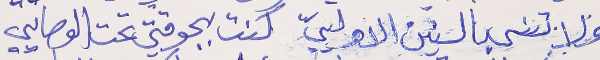
ولا تنسى بالسنين الاولييّ     كنت بجوقتي تحت الوصايي